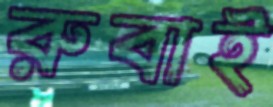
রুবাই